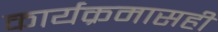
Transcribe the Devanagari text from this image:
कार्यक्रमासही